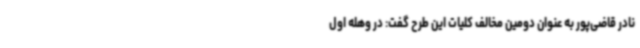
نادر قاضی‌پور به عنوان دومین مخالف کلیات این طرح گفت: در وهله اول